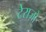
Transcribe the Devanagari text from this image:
टेराज़ो